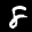
Label: 8